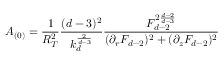
A _ { ( 0 ) } = \frac { 1 } { R _ { T } ^ { 2 } } \frac { ( d - 3 ) ^ { 2 } } { k _ { d } ^ { \frac { 2 } { d - 3 } } } \frac { F _ { d - 2 } ^ { 2 \frac { d - 2 } { d - 3 } } } { ( \partial _ { r } F _ { d - 2 } ) ^ { 2 } + ( \partial _ { z } F _ { d - 2 } ) ^ { 2 } }